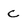
Character: c